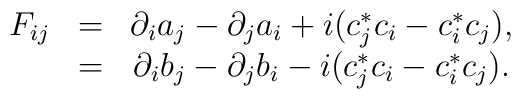
\begin{array}{ccc}F_{ij} & = & \partial _ia_j-\partial _ja_i+i(c_j^{*}c_i-c_i^{*}c_j), \\  & = & \partial _ib_j-\partial _jb_i-i(c_j^{*}c_i-c_i^{*}c_j). \end{array}